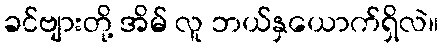
ခင်ဗျားတို့ အိမ် လူ ဘယ်နှယောက်ရှိလဲ။